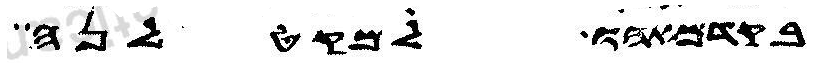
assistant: בקדמאהו למקטלנה